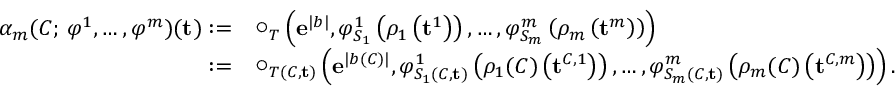
\begin{array} { r l } { \alpha _ { m } ( C ; \, \varphi ^ { 1 } , \dots , \varphi ^ { m } ) ( \mathbf { t } ) : = } & { \bigcirc _ { T } \left( \mathbf { e } ^ { | b | } , \varphi _ { S _ { 1 } } ^ { 1 } \left( \rho _ { 1 } \left( \mathbf { t } ^ { 1 } \right) \right) , \dots , \varphi _ { S _ { m } } ^ { m } \left( \rho _ { m } \left( \mathbf { t } ^ { m } \right) \right) \right) } \\ { : = } & { \bigcirc _ { T ( C , \mathbf { t } ) } \left( \mathbf { e } ^ { | b ( C ) | } , \varphi _ { S _ { 1 } ( C , \mathbf { t } ) } ^ { 1 } \left( \rho _ { 1 } ( C ) \left( \mathbf { t } ^ { C , 1 } \right) \right) , \dots , \varphi _ { S _ { m } ( C , \mathbf { t } ) } ^ { m } \left( \rho _ { m } ( C ) \left( \mathbf { t } ^ { C , m } \right) \right) \right) . } \end{array}